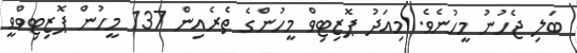
ބަލި ޖެހުނު މީހުނެވެ. މިއަދު ޕޮޒިޓިވް މީހުންގެ ތެރެއިން 137 މީހުން ޕޮޒިޓިވްވީ